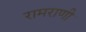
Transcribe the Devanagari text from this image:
रामराणी